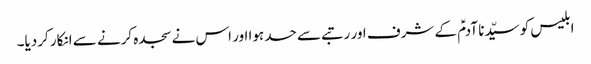
ابلیس کو سیّدنا آدمؑ کے شرف اور رتبے سے حسد ہوا اور اس نے سجدہ کرنے سے انکار کردیا۔